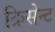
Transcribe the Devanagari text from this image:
क्रिसेन्‍ट